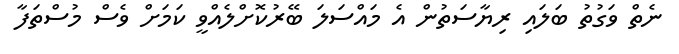
ނެތް ވަގުތު ބަލައި ރިޔާސަތުން އެ މައްސަލަ ބޭރުކޮށްލެއްވީ ކަމަށް ވެސް މުސްތަފާ